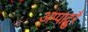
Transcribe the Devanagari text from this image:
अप्पादुरै